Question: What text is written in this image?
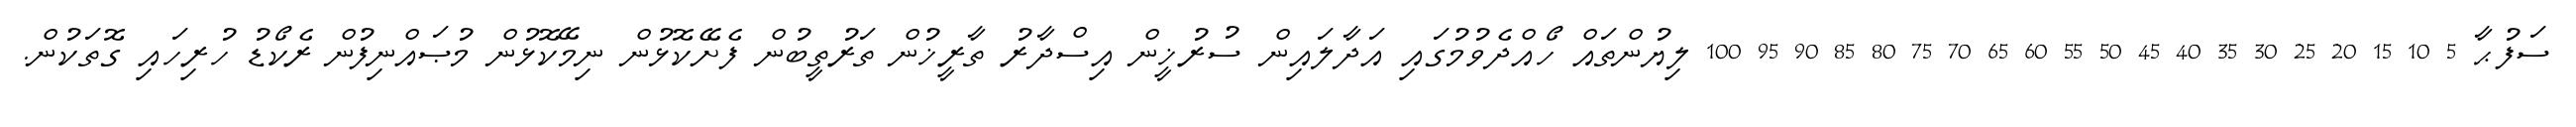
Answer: ސަފުޙާ 5 10 15 20 25 30 35 40 45 50 55 60 65 70 75 80 85 90 95 100 ލިޔުންތައް ހޯއްދެވުމުގައި އަދާލައިން ސުރުޚީން އިސްދާރު ތާރީޚުން ތަރުތީބުން ފެށޭކޮޅުން ނިމޭކޮޅުން މުޞައްނިފުން ރެކޯޑު ހުރިހައި ގޮތަކުން.